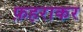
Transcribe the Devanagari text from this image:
फ़हराकर